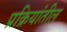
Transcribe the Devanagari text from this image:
प्रक्रियांतील